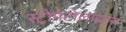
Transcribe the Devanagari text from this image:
स्ट्रोमेटोलाइट्स